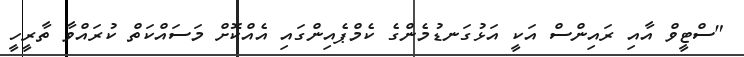
"ސްޓީވް އާއި ރައިންސް އަކީ އަޅުގަނޑުމެންގެ ކެމްޕެއިންގައި އެއްކޮށް މަސައްކަތް ކުރައްވާ ތާރީހީ